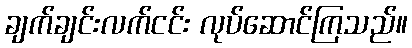
ချက်ချင်းလက်ငင်း လုပ်ဆောင်ကြသည်။